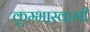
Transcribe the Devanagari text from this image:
कुम्भास्वामी